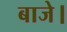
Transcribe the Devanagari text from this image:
बाजे।